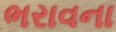
ભરાવના